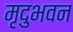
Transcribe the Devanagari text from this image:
मृदुभवन